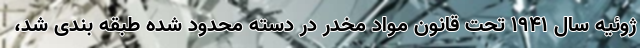
ژوئیه سال 1941 تحت قانون مواد مخدر در دسته محدود شده طبقه بندی شد،